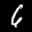
Label: 6